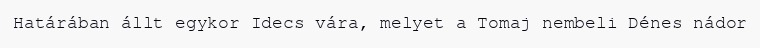
Határában állt egykor Idecs vára, melyet a Tomaj nembeli Dénes nádor